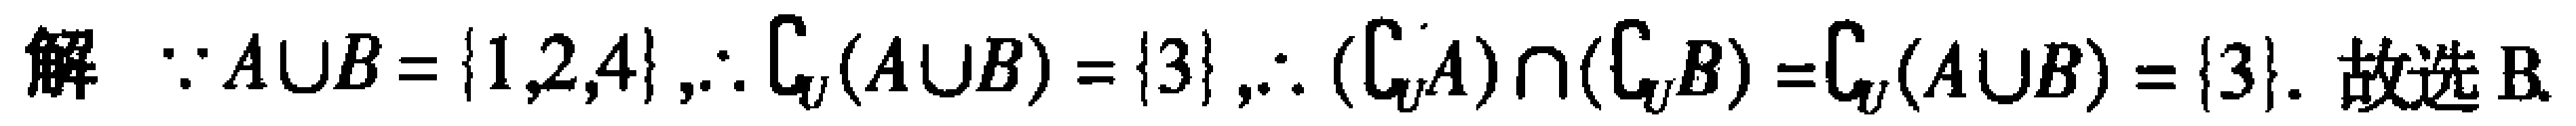
解 $\because A\cup B = \{1,2,4\},\therefore \complement_{U}(A\cup B)=\{3\},\therefore (\complement_{U}A)\cap(\complement_{U}B)=\complement_{U}(A\cup B)=\{3\}$. 故选B.